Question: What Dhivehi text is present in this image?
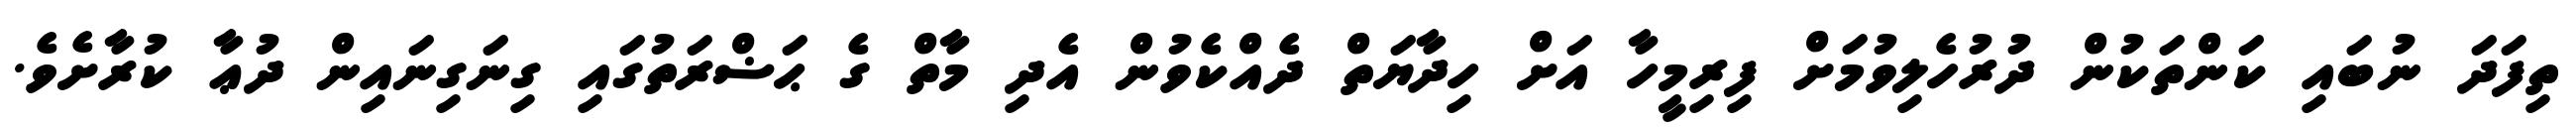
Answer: ތިފަދަ ނުބައި ކަންތަކުން ދުރުހެލިވުމަށް ފިރިމީހާ އަށް ހިދާޔަތް ދެއްކެވުން އެދި މާތް ގެ ޙަޟްރަތުގައި ގިނަގިނައިން ދުޢާ ކުރާށެވެ.